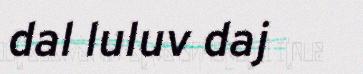
dal luluv daj